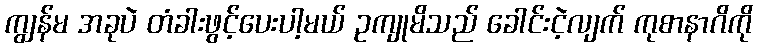
ကျွန်မ အခုပဲ တံခါးဖွင့်ပေးပါ့မယ် ဥကျုမိသည် ခေါင်းငဲ့လျက် ကုစာနာဂိကို